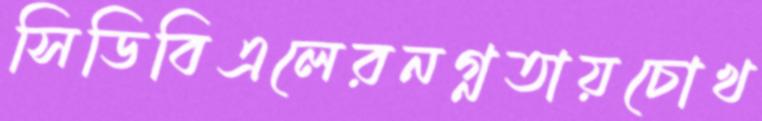
সিডিবিএলেরনগ্নতায়চোখ